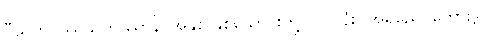
ဝီသတိဝဿသဟဿာနိ၊ အနှစ် နှစ်သောင်းတို့ ပတ်လုံး။ အရညေ၊ တော၌။